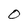
Character: 0